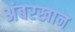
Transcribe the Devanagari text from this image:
अंबरखान